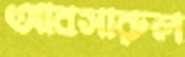
আবসারুল